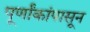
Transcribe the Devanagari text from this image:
पूर्णांकांपासून